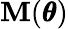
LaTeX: \mathbf{M}(\pmb\theta)